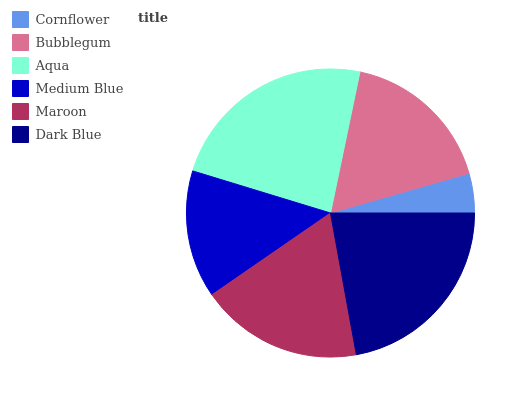
| Cornflower | Bubblegum | Aqua | Medium Blue | Maroon | Dark Blue |
 | --- | --- | --- | --- | --- | --- |
 | 4.44% | 17.3% | 23.5% | 14.3% | 18.3% | 22.1% |